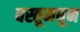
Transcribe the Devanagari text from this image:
वस्तूमधून